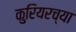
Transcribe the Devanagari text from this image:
कुरियरच्या